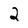
Character: 2